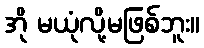
အို မယုံလို့မဖြစ်ဘူး။